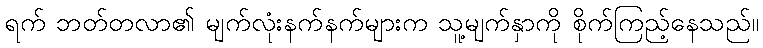
ရက် ဘတ်တလာ၏ မျက်လုံးနက်နက်များက သူ့မျက်နှာကို စိုက်ကြည့်နေသည်။